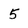
Character: 5